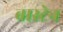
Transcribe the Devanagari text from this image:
बास्टेन